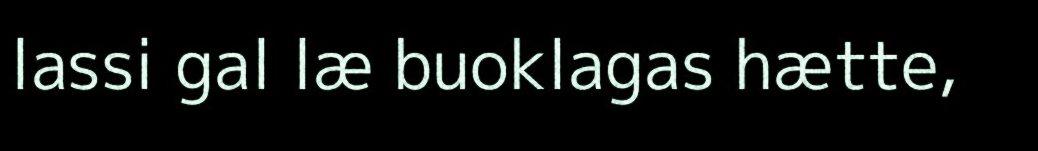
lassi gal læ buoklagas hætte,